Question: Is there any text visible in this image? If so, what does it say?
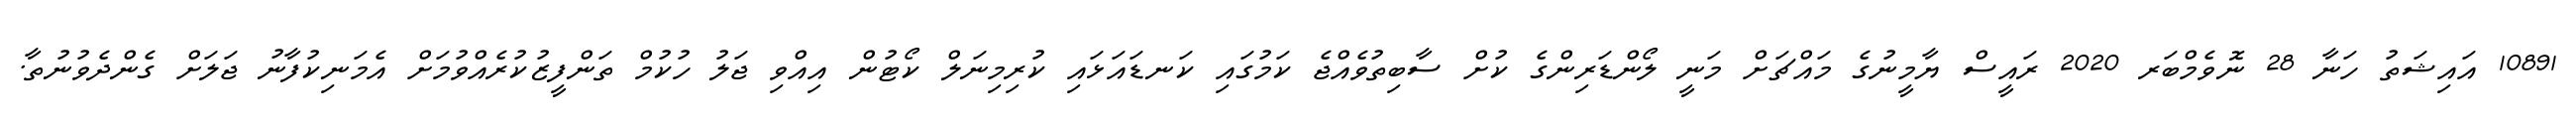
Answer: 10891 އައިޝަތު ހަނާ 28 ނޮވެމްބަރ 2020 ރައީސް ޔާމީނުގެ މައްޗަށް މަނީ ލޯންޑަރިންގެ ކުށް ސާބިތުވެއްޖެ ކަމުގައި ކަނޑައަޅައި ކުރިމިނަލް ކޯޓުން އިއްވި ޖަލު ހުކުމް ތަންފީޒުކުރެއްވުމަށް އެމަނިކުފާނު ޖަލަށް ގެންދެވުނުތާ.